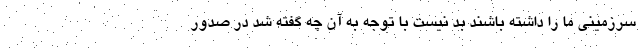
سرزمینی ما را داشته باشند بد نیست با توجه به آن چه گفته شد در صدور